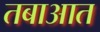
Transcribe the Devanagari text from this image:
तबाआत